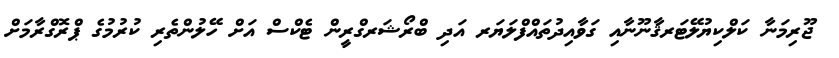
ޖޫރިމަނާ ކަލްކިޔުލޭޓަރޤާނޫނާއި ގަވާއިދުތައްފްލަޔަރ އަދި ބްރޯޝަރގްރީން ޓެކްސް އަށް ހޭލުންތެރި ކުރުމުގެ ޕްރޮގްރާމަށް